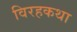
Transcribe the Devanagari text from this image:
विरहकथा